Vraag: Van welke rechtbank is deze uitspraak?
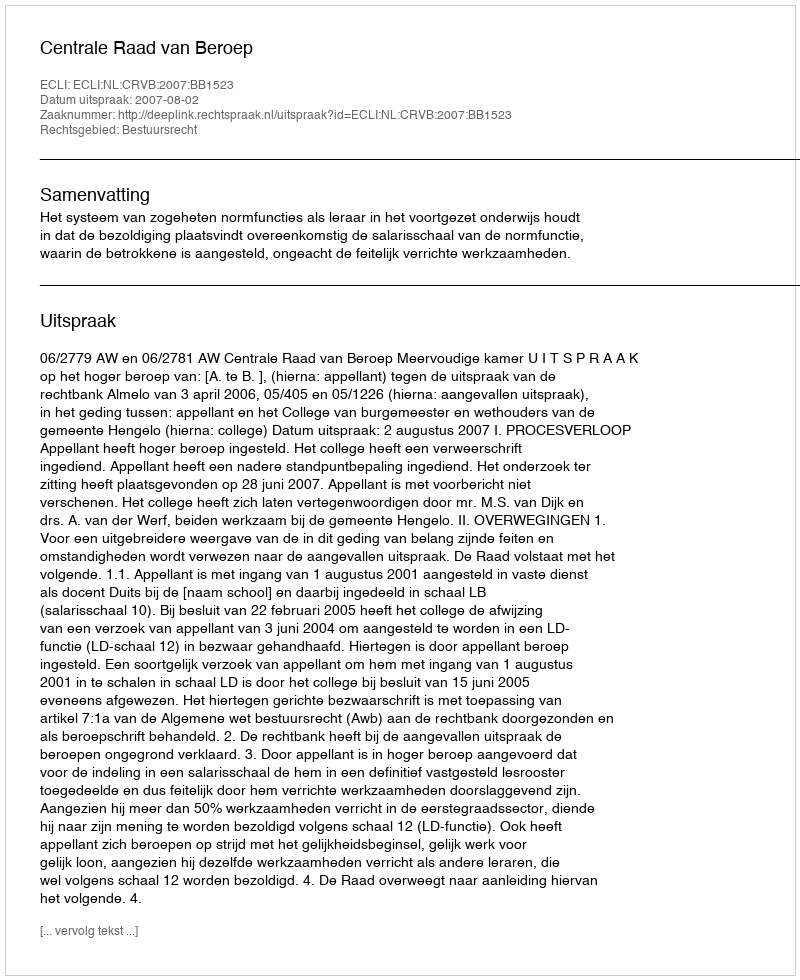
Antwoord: Centrale Raad van Beroep